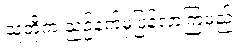
သူတို့က ညဉ့်နက်မှပြန်လာကြမည်။